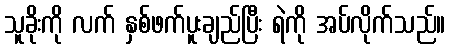
သူခိုးကို လက် နှစ်ဖက်ပူးချည်ပြီး ရဲကို အပ်လိုက်သည်။